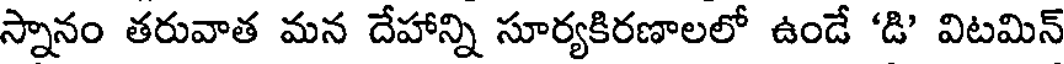
స్నానం తరువాత మన దేహాన్ని సూర్యకిరణాలలో ఉండే 'డి' విటమిన్